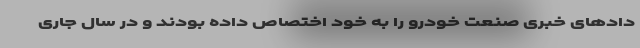
دادهای خبری صنعت خودرو را به خود اختصاص داده بودند و در سال جاری